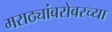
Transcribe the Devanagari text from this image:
मराठ्यांबरोबरच्या